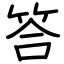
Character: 答